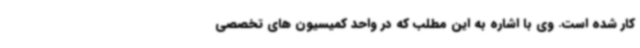
کار شده است. وی با اشاره به این مطلب که در واحد کمیسیون های تخصصی